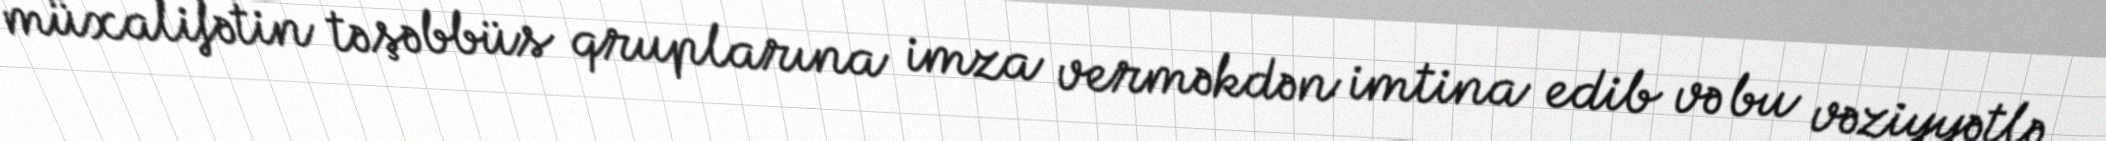
müxalifətin təşəbbüs qruplarına imza verməkdən imtina edib və bu vəziyyətlə